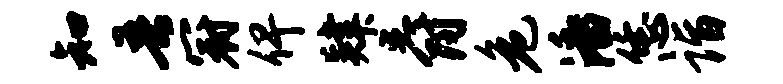
知吾冠俾肄爵危潘恁诣